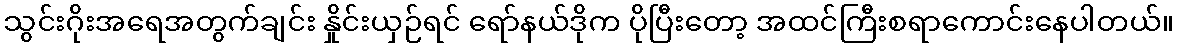
သွင်းဂိုးအရေအတွက်ချင်း နှိုင်းယှဉ်ရင် ရော်နယ်ဒိုက ပိုပြီးတော့ အထင်ကြီးစရာကောင်းနေပါတယ်။